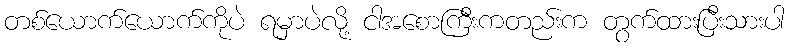
တစ်ယောက်ယောက်ကိုပဲ ရမှာပဲလို့ ငါအစောကြီးကတည်းက တွက်ထားပြီးသားပါ